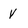
Character: Y